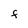
Character: F